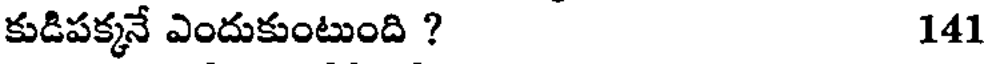
కుడిపక్కనే ఎందుకుంటుంది ? 141